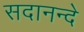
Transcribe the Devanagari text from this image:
सदानन्दे